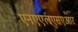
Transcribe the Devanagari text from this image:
एनएएलएसएआर